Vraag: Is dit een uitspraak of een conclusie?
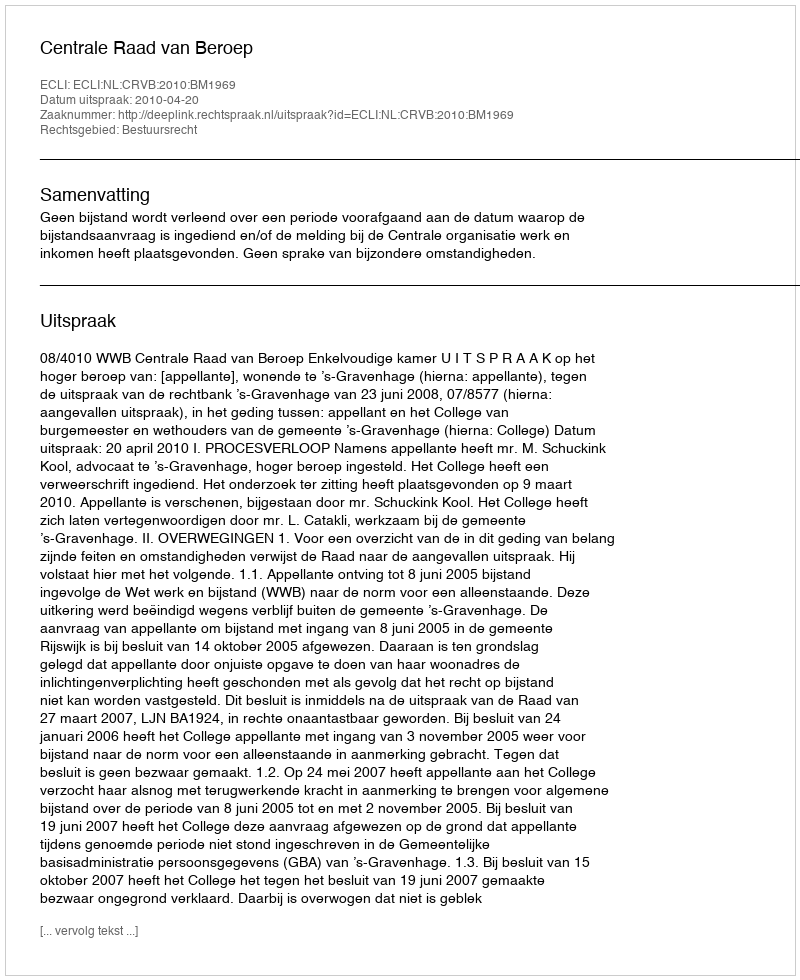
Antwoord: Uitspraak